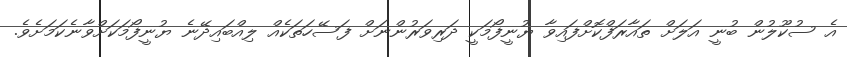
އެ ސުކޫލުން ބުނީ އަލަށް ތައާރަފްކޮށްފައިވާ ޔުނީފޯމަކީ ދަރިވަރުންނަށް ފަސޭހަތަކެއް ލިއްބައިދޭނެ ޔުނީފޯމަކަށްވާނެކަމަށެވެ.